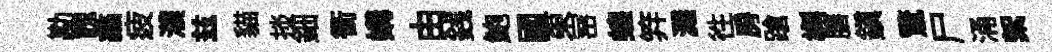
勘餽蠡疲濮兹貓掞鈿衝媾由銭鮑國東宻蝗笄濺徃房蹌槲膳鎮驚尸涌絮